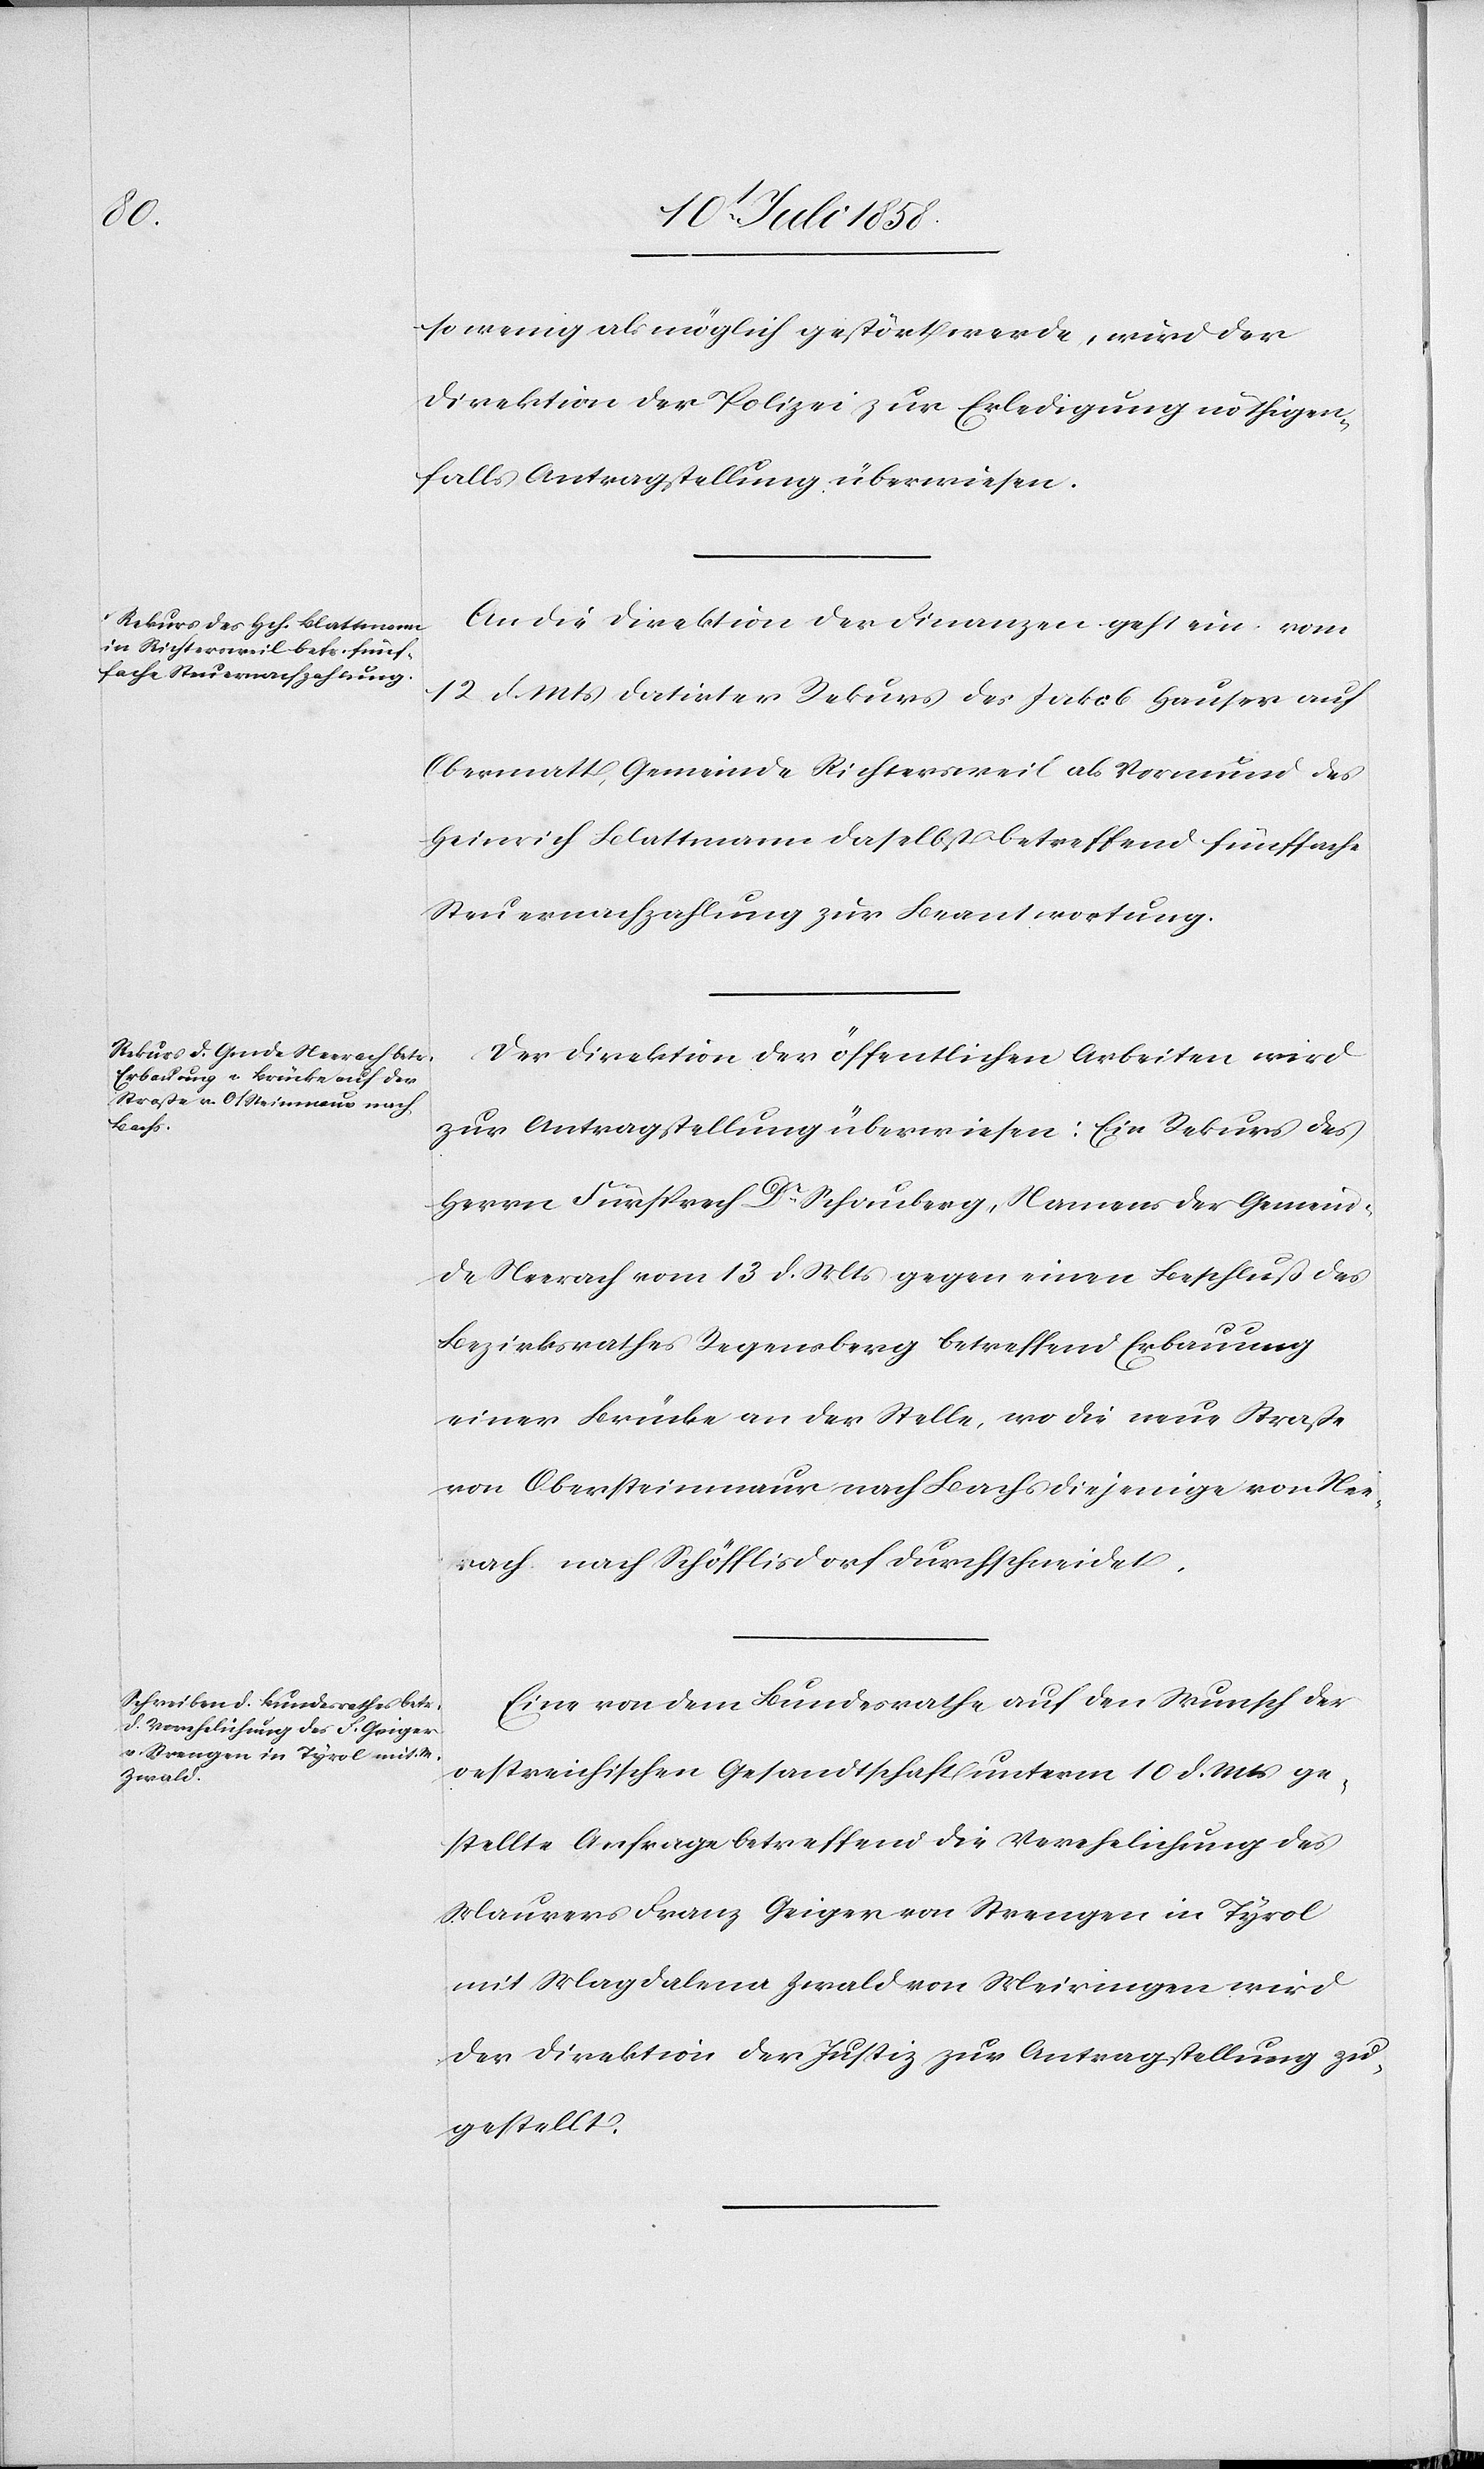
den

14t. Juli 1858.]
so wenig als möglich gestört werde, wird der
Direktion der Polizei zur Erledigung nöthigen¬
falls Antragstellung überwiesen.
An die Direktion der Finanzen geht ein vom
12 d. Mts datirter Rekurs des Jakob Hauser auf
Obermatt, Gemeinde Richtersweil als Vormund des
Heinrich Blattmann daselbst betreffend fünffache
Steuernachzahlung zur Beantwortung.
Der Direktion der öffentlichen Arbeiten wird
zur Antragstellung überwiesen: Ein Rekurs des
Herrn Fürsprech Dr. Schauberg, Namens der Gemein¬
de Neerach vom 13 d. Mts gegen einen Beschluß des
Bezirksrathes Regensberg betreffend Erbauung
einer Brücke an der Stelle, wo die neue Straße
von Obersteinmaur nach Bachs diejenige von Nee¬
rach nach Schöfflisdorf durchschneidet.
Eine von dem Bundesrathe auf den Wunsch der
oestreichischen Gesandtschaft unterm 10 d. Mts ge¬
stellte Anfrage betreffend die Verehelichung des
Maurers Franz Geiger von Strengen in Tyrol
mit Magdalena Zwald von Meiringen wird
der Direktion der Justiz zur Antragstellung zu¬
gestellt.